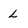
Character: L